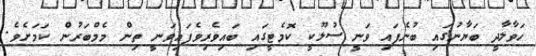
ހަވާލާދީ ބަޔާނުގައި ބުނެފައި ވަނީ ސުލޫކީ ކޮމެޓީގައި ބައިވެރިވެފައިވަނީ ތިން މެމްބަރުން ކަމަށެވެ.